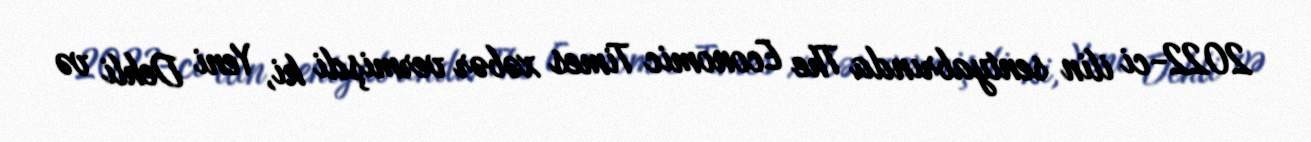
2022-ci ilin sentyabrında The Economic Times xəbər vermişdi ki, Yeni Dehli və